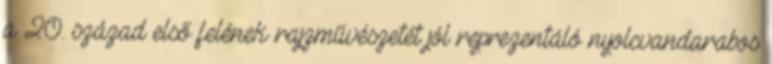
a 20. század első felének rajzművészetét jól reprezentáló nyolcvandarabos